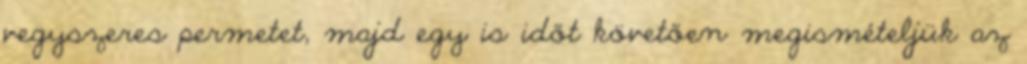
vegyszeres permetet, majd egy is időt követően megismételjük az